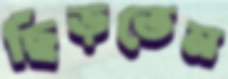
ছিঁড়তেন